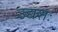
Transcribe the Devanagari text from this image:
उद्यशः